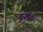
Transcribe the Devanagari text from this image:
पुर्चास